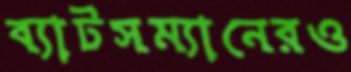
ব্যাটসম্যানেরও